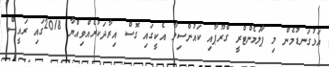
އަޅުގަނޑުމެން މި ޕާލަމެންޓްރީ ގްރޫޕާއި ކައުންސިލާ އެކީގައި ގޮސް އިރާދަކުރެއްވިއްޔާ 2018ގައި ރައީސް